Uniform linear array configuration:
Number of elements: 4
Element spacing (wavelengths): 0.75
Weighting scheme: hann
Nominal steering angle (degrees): -15
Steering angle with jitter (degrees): -14.532
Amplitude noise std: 0.05
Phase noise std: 0.05

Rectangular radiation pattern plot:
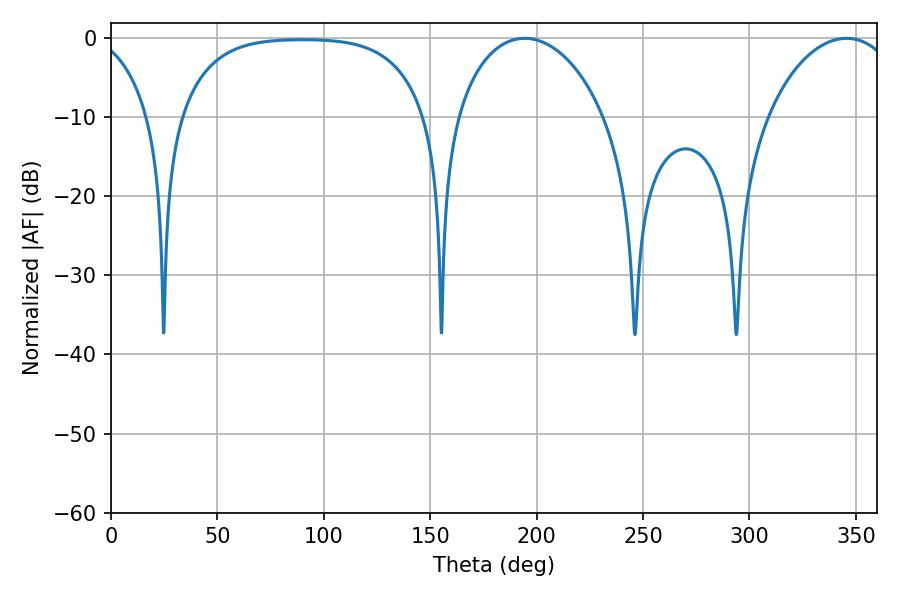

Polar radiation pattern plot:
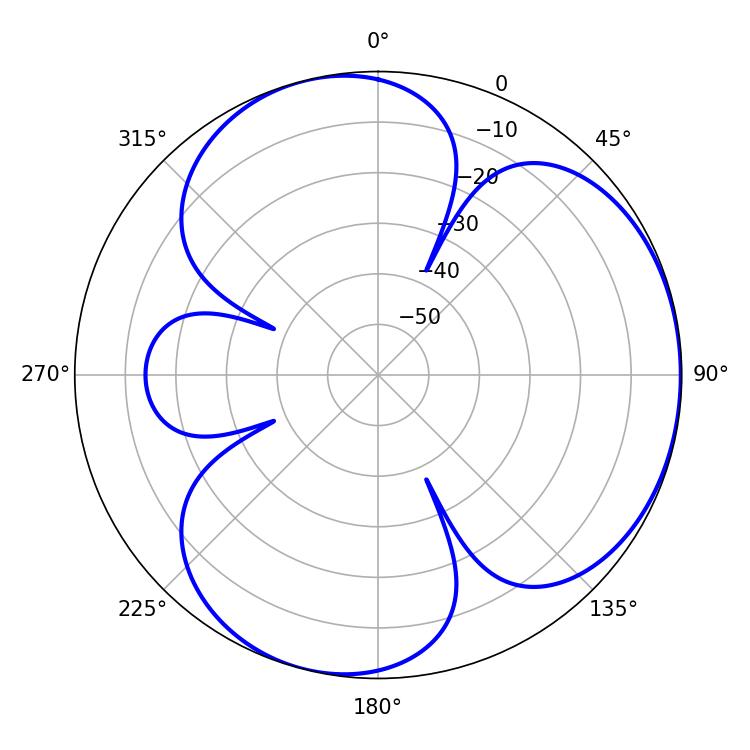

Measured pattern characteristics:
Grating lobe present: TRUE
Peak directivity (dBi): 3.902
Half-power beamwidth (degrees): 40.32
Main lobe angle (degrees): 194.4